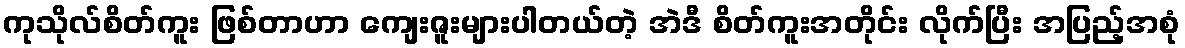
ကုသိုလ်စိတ်ကူး ဖြစ်တာဟာ ကျေးဇူးများပါတယ်တဲ့ အဲဒီ စိတ်ကူးအတိုင်း လိုက်ပြီး အပြည့်အစုံ